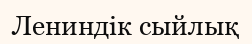
Лениндік сыйлық